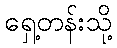
ရှေ့တန်းသို့